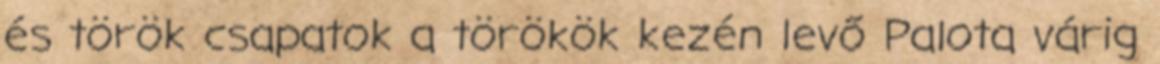
és török csapatok a törökök kezén levő Palota várig